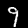
Label: 9